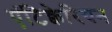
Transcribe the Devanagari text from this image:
एंटिक्वेरियन